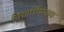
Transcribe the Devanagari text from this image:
विद्यार्थिसंख्या